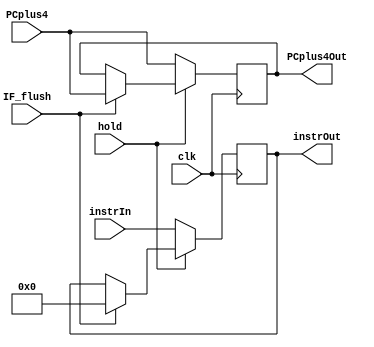
module IFIDReg(PCplus4 ,instrIn ,instrOut ,clk ,hold,PCplus4Out,IF_flush);

    input wire [31:0] instrIn,PCplus4;
    input clk ,hold,IF_flush;
    output reg [31:0] instrOut, PCplus4Out;

    always @(posedge clk)
      begin
        
        if (hold==1'b0) 
          
          begin
            
        PCplus4Out<=PCplus4;
            
        instrOut <= instrIn;
            
        end
        else if (IF_flush==1'b1)
          begin
            PCplus4Out<=PCplus4; 
            instrOut<=32'b0;
          end
        
        
      end
    
endmodule